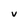
Character: v